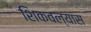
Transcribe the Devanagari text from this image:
शिकवल्यास